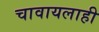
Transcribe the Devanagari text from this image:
चावायलाही